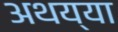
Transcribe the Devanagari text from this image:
अथय्या